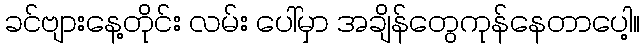
ခင်ဗျားနေ့တိုင်း လမ်း ပေါ်မှာ အချိန်တွေကုန်နေတာပေါ့။